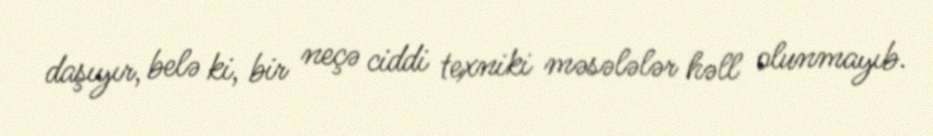
daşıyır, belə ki, bir neçə ciddi texniki məsələlər həll olunmayıb.